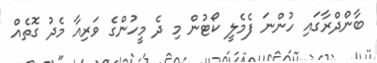
ބާންދްރާގައި ހުންނަ ފެމެލީ ކޯޓުން މި ދެ މީހުންގެ ވަރިއާ މެދު ގޮތެއް